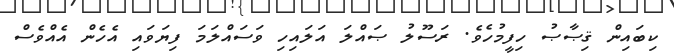
ކިބައިން ޤިޞާޞު ހިފީމުހެވެ. ރަސޫލު ޞައްލަ އަލައިހި ވަސައްލަމަ ފިޔަވައި އެހެން އެއްވެސް